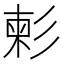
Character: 𢒞